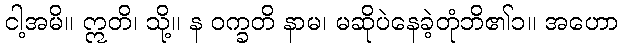
ငါ့အမိ။ ဣတိ၊ သို့။ န ဝက္ခတိ နာမ၊ မဆိုပဲနေခဲ့တုံဘိ၏၁။ အဟော